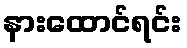
နားထောင်ရင်း